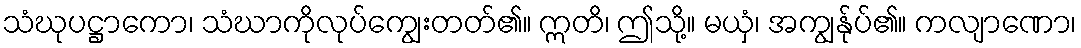
သံဃုပဋ္ဌာကော၊ သံဃာကိုလုပ်ကျွေးတတ်၏။ ဣတိ၊ ဤသို့။ မယှံ၊ အကျွန်ုပ်၏။ ကလျာဏော၊